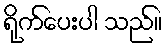
ရိုက်ပေးပါ သည်။